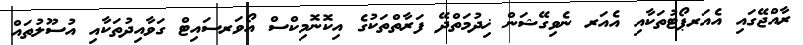
ރާއްޖޭގައި އެއަރޕޯޓުތަކާއި އެއަރ ނެވިގޭޝަން ޚިދުމަތްދޭ ފަރާތްތަކުގެ އިކޮނޮމިކްސް އޯވަރސައިޓް ގަވާއިދުތަކާއި އުސޫލުތައް